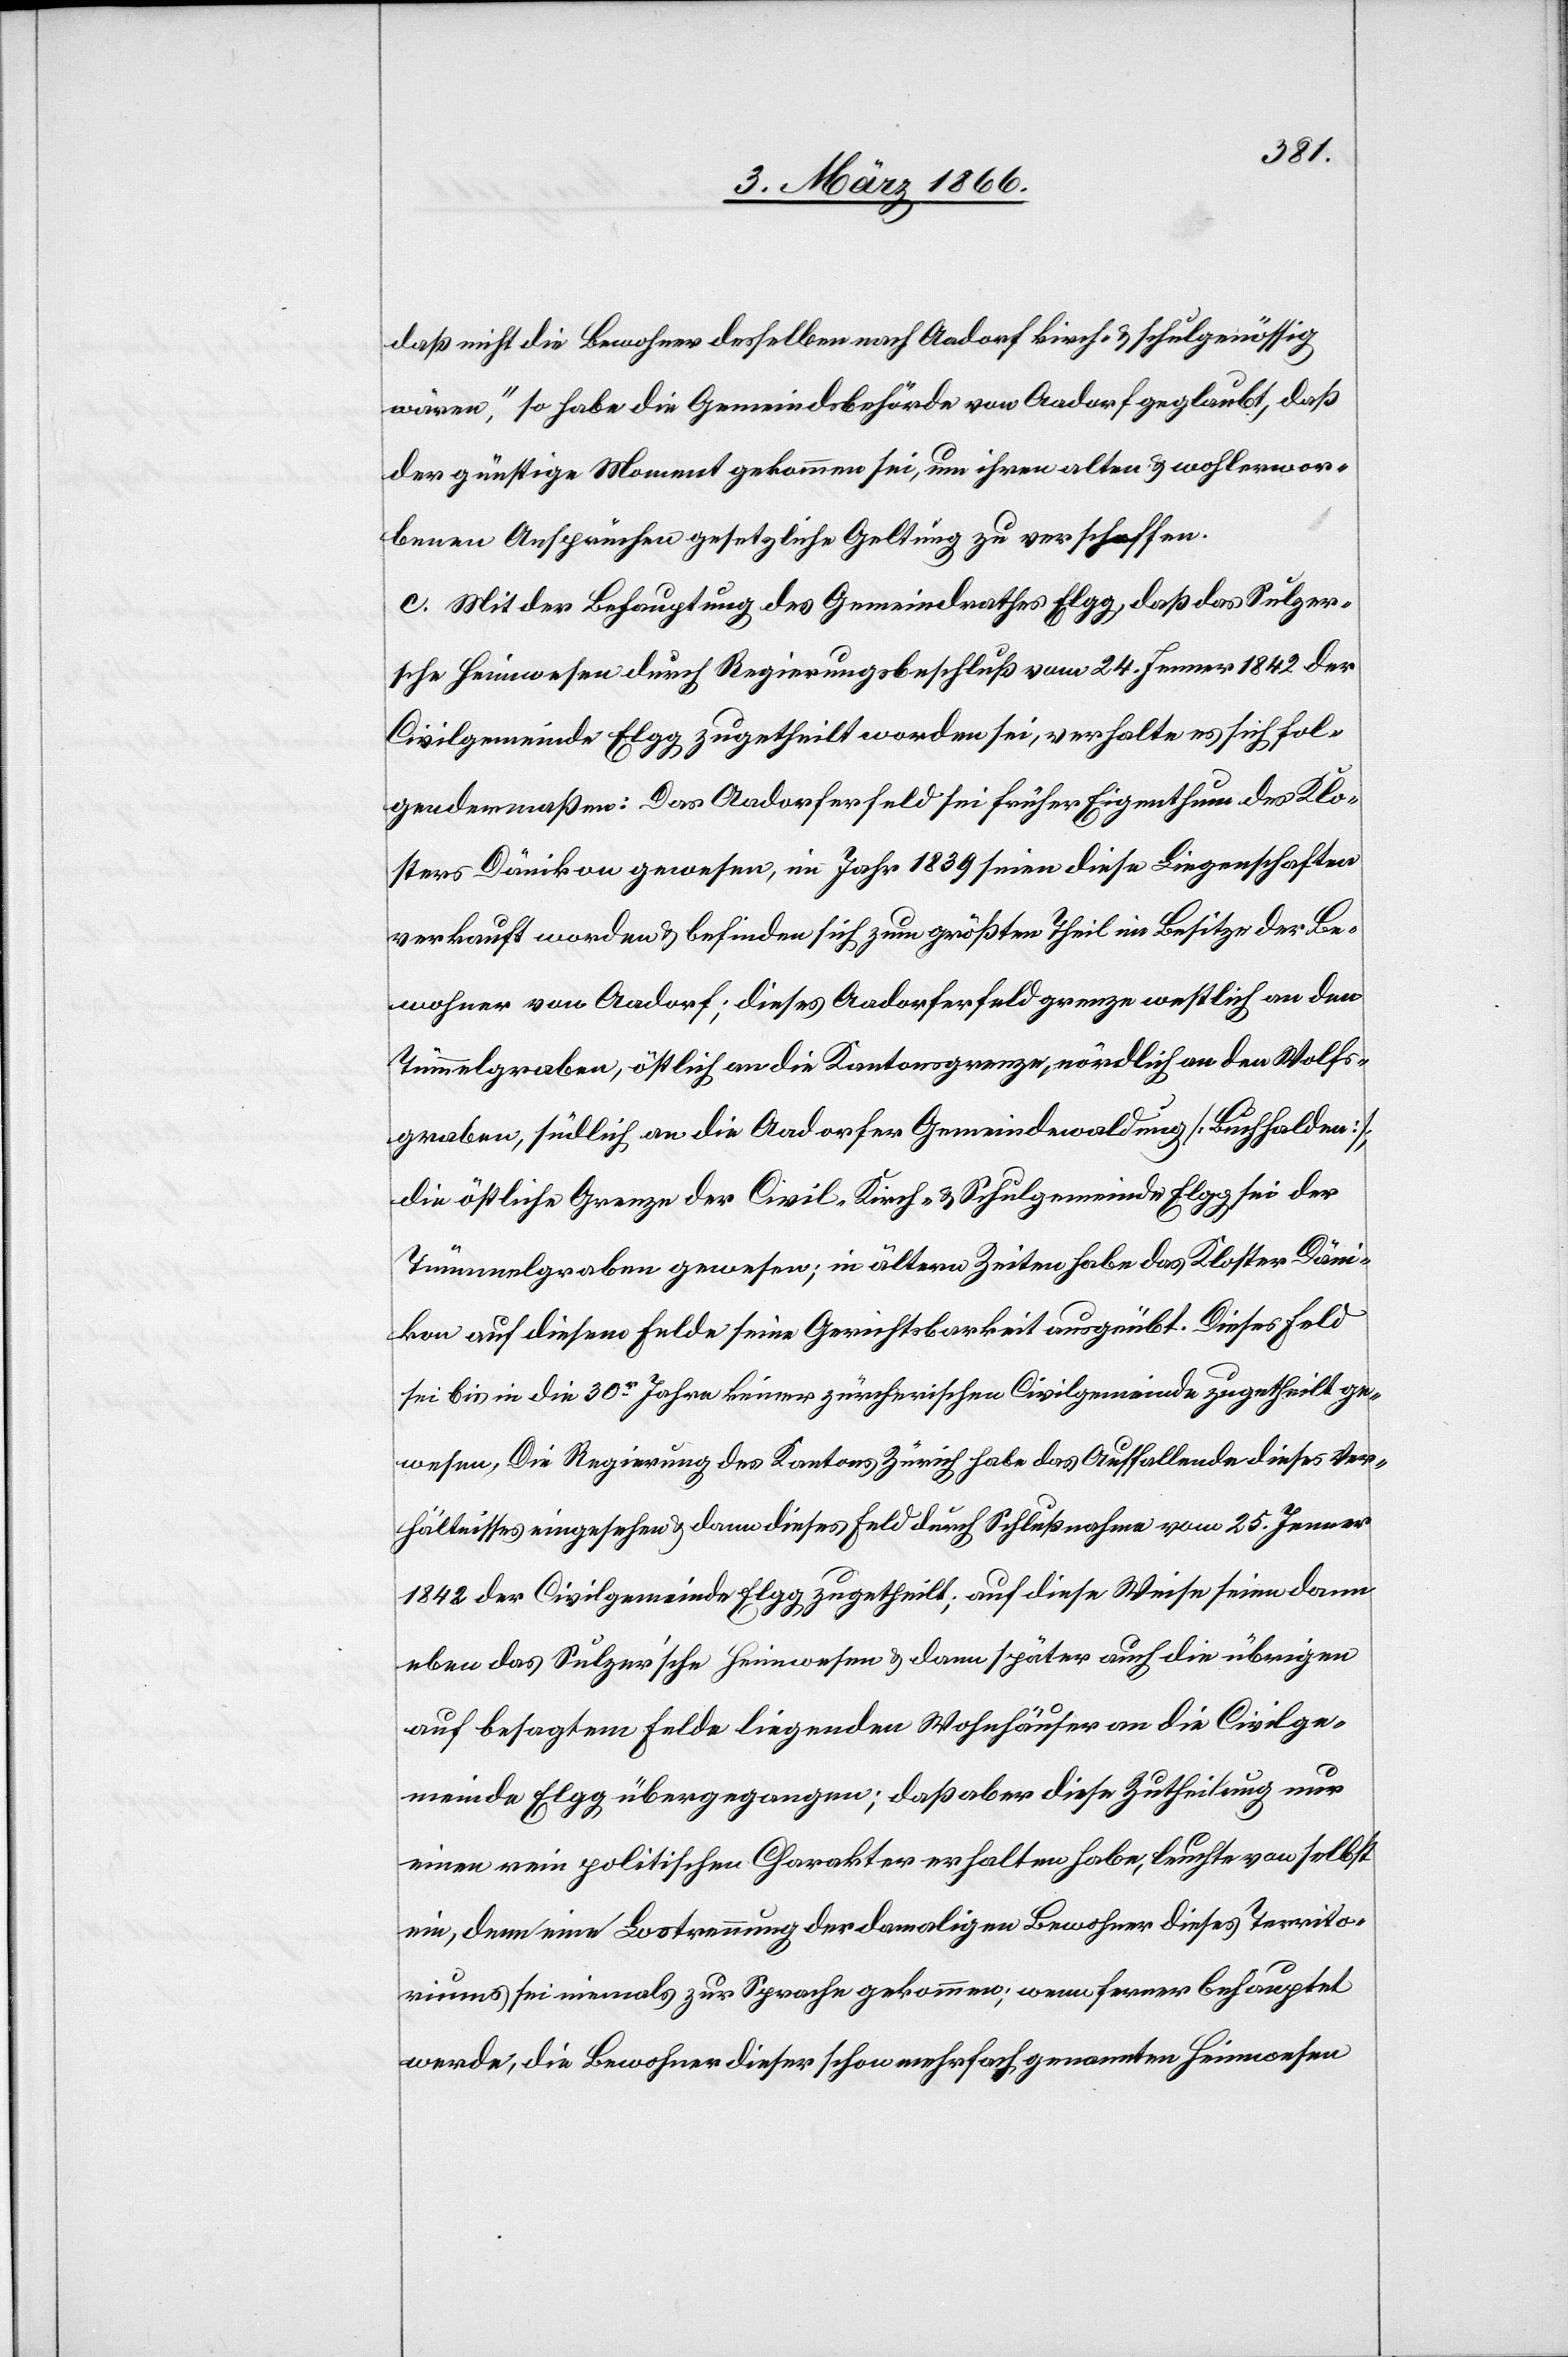
daß nicht die Bewohner desselben nach Aadorf kirch- u. schulgenössig
würden,“ so habe die Gemeindsbehörde von Aadorf geglaubt, daß
der günstige Moment gekommen sei, um ihren alten u. wohlerwor¬
benen Ansprüchen gesetzliche Geltung zu verschaffen.
c. Mit der Behauptung des Gemeindrathes Elgg, daß das Sulzer¬
sche Heimwesen durch Regierungsbeschluß vom 24. Jenner 1842 der
Civilgemeinde Elgg zugetheilt worden sei, verhalte es sich fol¬
gendermaßen: Das Aadorferfeld sei früher Eigenthum des Klo¬
sters Dänikon gewesen, im Jahr 1839 seien diese Liegenschaften
verkauft worden u. befinden sich zum größten Theil im Besitze der Be¬
wohner von Aadorf; dieses Aadorferfeld grenze westlich an den
Tümmelgraben, östlich an die Kantonsgrenze, nördlich an den Wolfs¬
graben, südlich an die Aadorfer Gemeindewaldung [Buchhalden];
die östliche Grenze der Civil-, Kirch- u. Schulgemeinde Elgg sei der
Tümmelgraben gewesen, in ältern Zeiten habe das Kloster Däni¬
kon auf diesem Felde seine Gerichtsbarkeit ausgeübt. Dieses Feld
sei bis in die 30r. Jahre keiner zürcherischen Civilgemeinde zugetheilt ge¬
wesen. Die Regierung des Kantons Zürich habe das Auffallende dieses Ver¬
hältnisses eingesehen u. dann dieses Feld durch Schlußnahme vom 25. Jenner
1842 der Civilgemeinde Elgg zugetheilt; auf diese Weise seien dann
eben das Sulzer’sche Heimwesen u. dann später auch die übrigen
auf besagtem Felde liegenden Wohnhäuser an die Civilge¬
meinde Elgg übergegangen; daß aber diese Zutheilung nur
einen rein politischen Charakter erhalten habe, leuchte von selbst
ein, denn eine Lostrennung der damaligen Bewohner dieses Territo¬
riums sei niemals zur Sprache gekommen; wenn ferner behauptet
werde, die Bewohner dieser schon mehrfach genannten Heimwesen